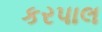
કરપાલ